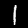
Digit: 1